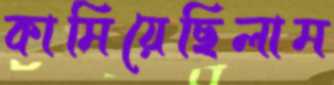
কামিয়েছিলাম